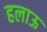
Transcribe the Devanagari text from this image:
हलाऊ